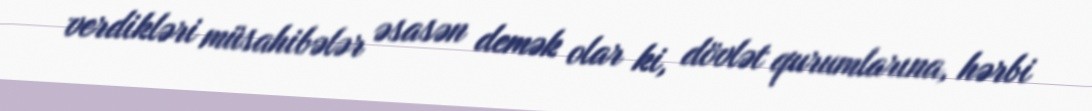
verdikləri müsahibələr əsasən demək olar ki, dövlət qurumlarına, hərbi